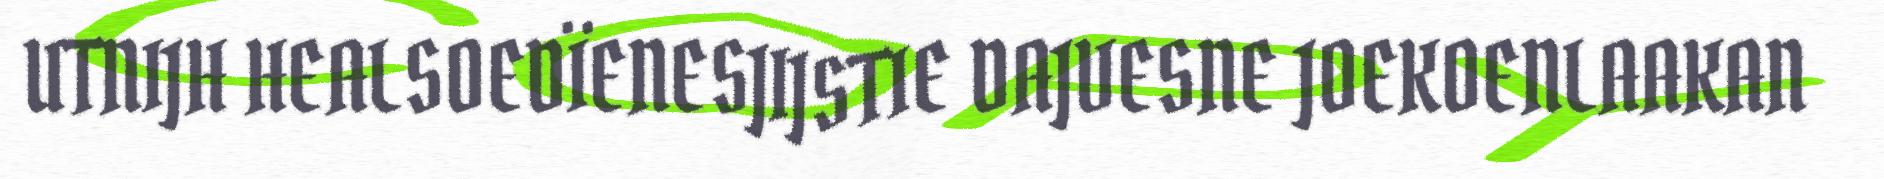
UTNIJH HEALSOEDÏENESJIJSTIE DAJVESNE JOEKOENLAAKAN